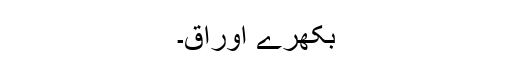
بکھرے اوراق۔